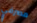
مصرفي